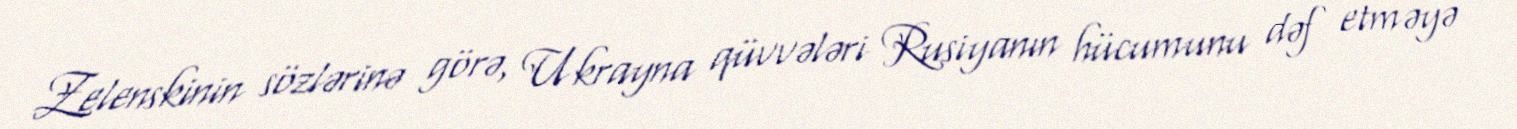
Zelenskinin sözlərinə görə, Ukrayna qüvvələri Rusiyanın hücumunu dəf etməyə